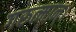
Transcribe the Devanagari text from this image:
गरुत्मान्।